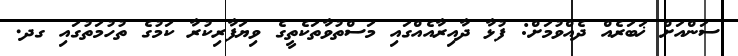
ސަންއަށް ޚަބަރެއް ދެއްވުމަށް: ފުޅާ ދާއިރާއެއްގައި މަސްތުވާތަކެތީގެ ވިޔަފާރިކުރާ ކަމުގެ ތުހުމަތުގައި ގދ.